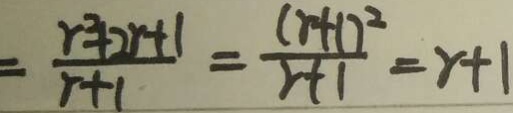
= \frac { r ^ { 2 } + 2 r + 1 } { r + 1 } = \frac { ( 2 + 1 ) ^ { 2 } } { r + 1 } = r + 1